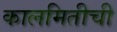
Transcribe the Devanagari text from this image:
कालमितीची